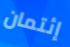
إئتمان